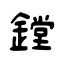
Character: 鏜